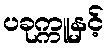
ပခုက္ကူနှင့်